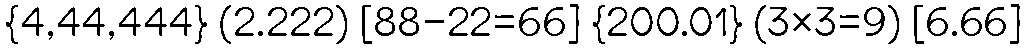
{4,44,444} (2.222) [88-22=66] {200.01} (3×3=9) [6.66]